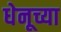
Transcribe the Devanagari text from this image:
धेनूच्या